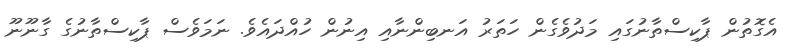
އެގޮތުން ޕާކިސްތާނުގައި މަދުވެގެން ހަތަރު އަނބިންނާއި އިނުން ހުއްދައެވެ. ނަމަވެސް ޕާކިސްތާނުގެ ގާނޫނޫ